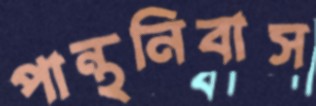
পান্থনিবাস